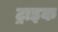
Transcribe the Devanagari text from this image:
ट्राइक